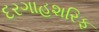
દરગાહશરિફ